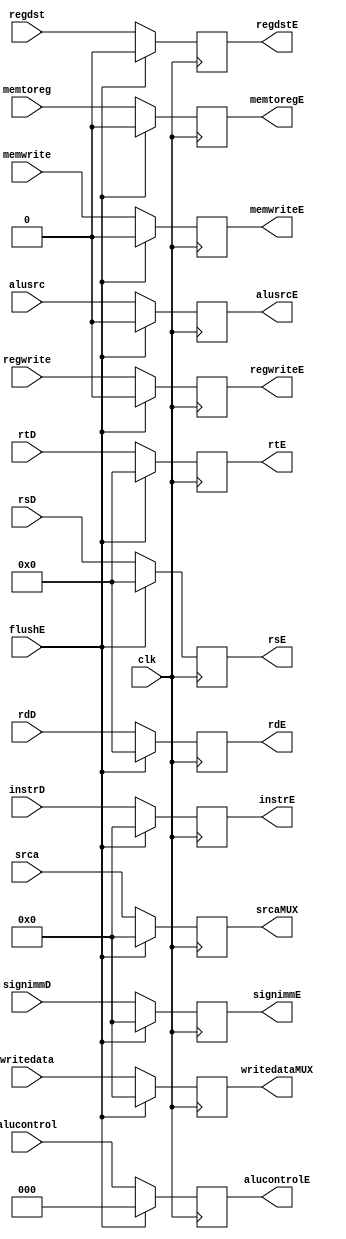
module M_ID_EX_REG(
    input flushE,
    input clk,
    input[4:0] rsD,
    input[31:0] instrD,
    input regwrite, memtoreg, memwrite,
    input[2:0] alucontrol,
    input alusrc, regdst,
    input[31:0] srca, writedata,
    input[4:0] rtD, rdD,
    input[31:0] signimmD,
    output reg regwriteE, memtoregE, memwriteE,
    output reg[2:0] alucontrolE,
    output reg alusrcE, regdstE,
    output reg[31:0] srcaMUX, writedataMUX,
    output reg[4:0] rtE, rdE,
    output reg[31:0] signimmE,
    output reg[31:0] instrE,
    output reg[4:0] rsE);

    always@(posedge clk) begin
        if(flushE==1'b1) begin
            regwriteE <= 0;
            memtoregE <= 0;
            memwriteE <= 0;
            //branchE <= 0;
            alucontrolE <= 0;
            alusrcE <= 0;
            regdstE <= 0;
            srcaMUX <= 0;
            writedataMUX <= 0;
            rtE <= 0;
            rdE <= 0;
            signimmE <= 0;
            //pcplus4E <= 0;
            instrE <= 0;
            rsE <= 0;
        end
        else begin
            regwriteE <= regwrite;
            memtoregE <= memtoreg;
            memwriteE <= memwrite;
            //branchE <= branch;
            alucontrolE <= alucontrol;
            alusrcE <= alusrc;
            regdstE <= regdst;
            srcaMUX <= srca;
            writedataMUX <= writedata;
            rtE <= rtD;
            rdE <= rdD;
            signimmE <= signimmD;
            //	pcplus4E <= pcplus4D;
            instrE <= instrD;
            rsE <= rsD;
            if(instrE!=8'hx)
                $display("Instruction %h is in EX stage", instrE);
        end
    end
endmodule